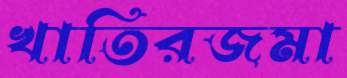
খাতিরজমা